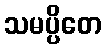
သမပ္ပိတေ